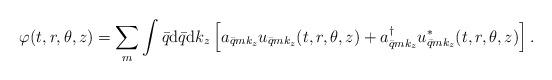
LaTeX: \begin{align*}\varphi(t,r,\theta,z)=\sum_{m}\int \bar{q}{\rm d}\bar{q}{\rm d}k_{z}\left[a_{\bar{q}mk_{z}}u_{\bar{q}mk_{z}}(t,r,\theta,z)+a_{\bar{q}mk_{z}}^{\dag}u_{\bar{q}mk_{z}}^{*}(t,r,\theta,z)\right] .\end{align*}